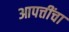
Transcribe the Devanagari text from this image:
आपत्तींचा